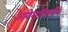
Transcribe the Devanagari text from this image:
आरोग्याविषयीचे